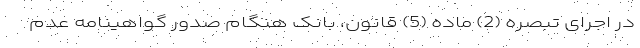
در اجرای تبصره (2) ماده (5) قانون، بانک هنگام صدور گواهینامه عدم